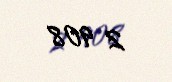
2 908